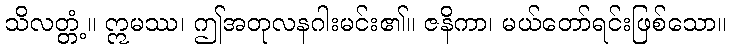
သိလတ္တံ့။ ဣမဿ၊ ဤအတုလနဂါးမင်း၏။ ဇနိကာ၊ မယ်တော်ရင်းဖြစ်သော။